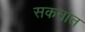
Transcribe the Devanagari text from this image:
सकनात